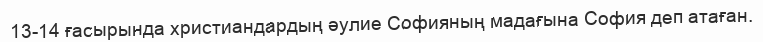
13-14 ғасырында христиандардың әулие Софияның мадағына София деп атаған.